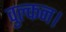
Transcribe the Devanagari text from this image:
वुल्कन।